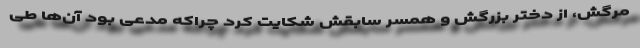
مرگش، از دختر بزرگش و همسر سابقش شکایت کرد چراکه مدعی بود آن‌ها طی